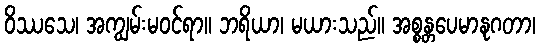
ဝိဿသေ၊ အကျွမ်းမဝင်ရာ။ ဘရိယာ၊ မယားသည်။ အစ္စန္တပေမာနုဂတာ၊